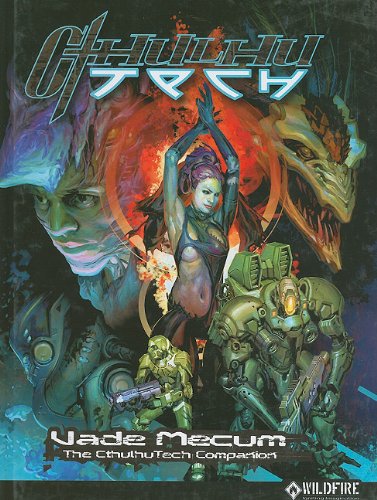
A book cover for CthulhuTech Vade Mecum; Matthew Grau; Science Fiction & Fantasy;